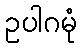
ဥပါဂမုံ